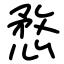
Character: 愗